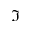
\Im